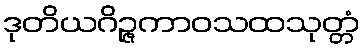
ဒုတိယဂိဉ္ဇကာဝသထသုတ္တံ